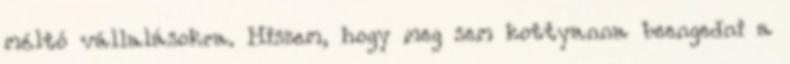
méltó vállalásokra. Hiszem, hogy meg sem kottyanna beengedni a